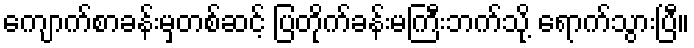
ကျောက်စာခန်းမှတစ်ဆင့် ပြတိုက်ခန်းမကြီးဘက်သို့ ရောက်သွားပြီ။